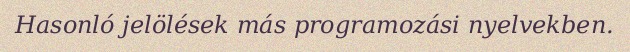
Hasonló jelölések más programozási nyelvekben.